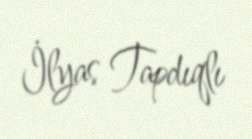
İlyas Tapdıqlı